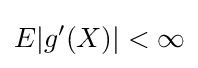
E|g'(X)|<\infty